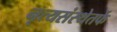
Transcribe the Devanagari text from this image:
नृत्यसंस्थेतर्फे